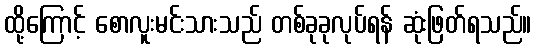
ထို့ကြောင့် စောလူးမင်းသားသည် တစ်ခုခုလုပ်ရန် ဆုံးဖြတ်ရသည်။